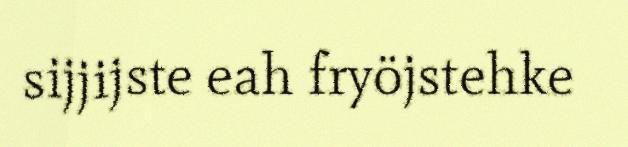
sijjijste eah fryöjstehke